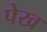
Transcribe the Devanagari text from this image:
पेख